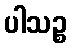
ပါသဉ္စ